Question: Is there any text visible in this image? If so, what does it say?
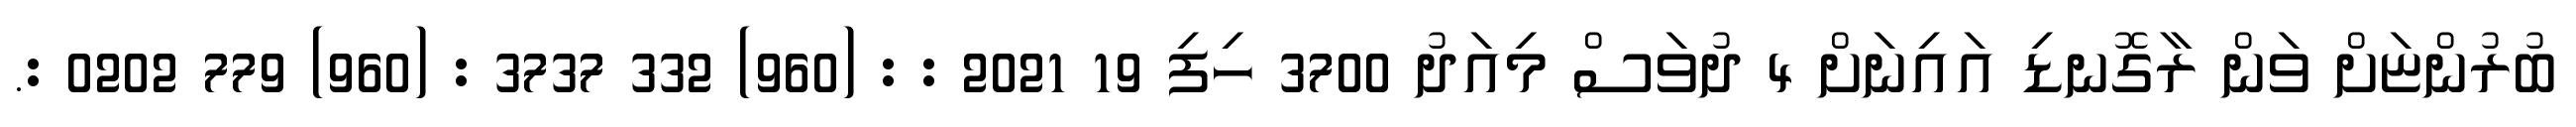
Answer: ބުރުންޏަށް ވަން ރާގޮނޑި އައިނަށް 4 ދުވަސް މިއަދު 3700 ހިފި 19 2021 : : (960) 332 3737 : (960) 779 0202 :.